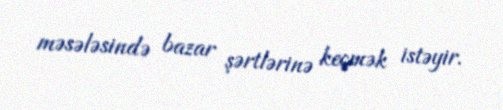
məsələsində bazar şərtlərinə keçmək istəyir.